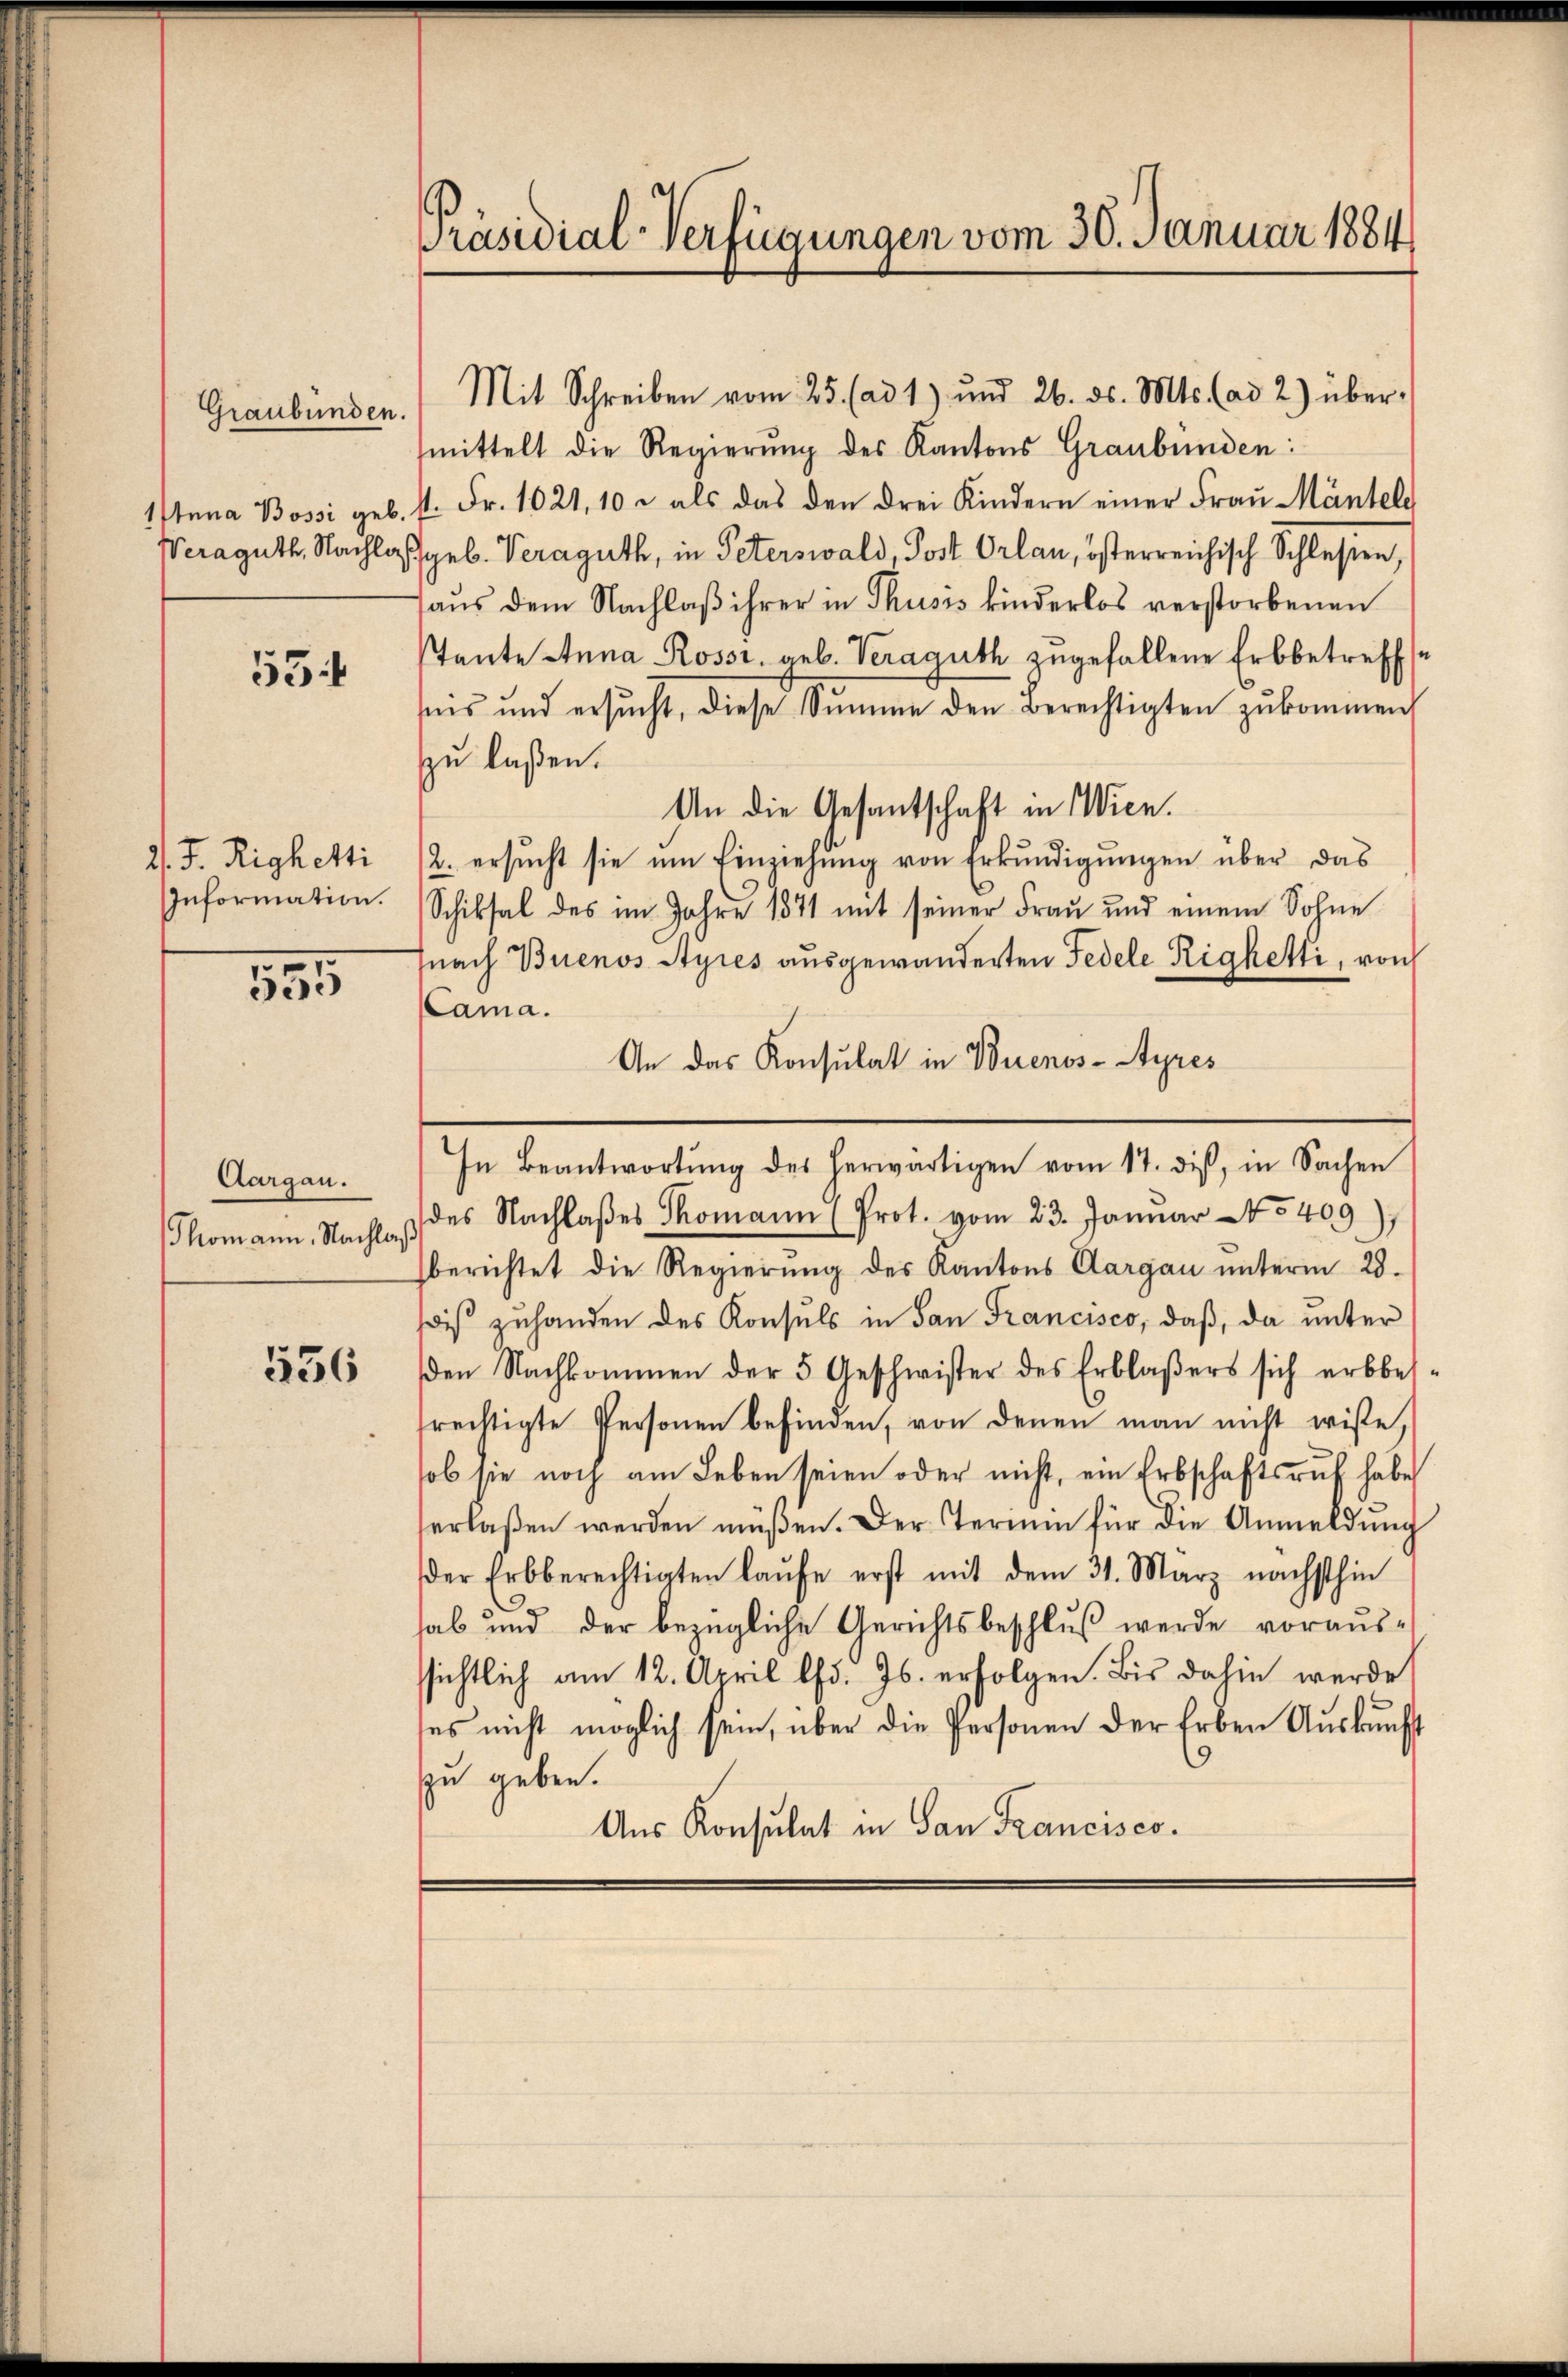
Graubünden
Anna Bossi geb.
Weraguth, Nachla

55.

2. F. Righetti
Information.

355

Aargau.
Thomann, Nachla

556

Präsidial-Verfügungen vom 30. Januar 1884

Mit Schreiben vom 25. (ad 1) und 26. ds. Mts. (ad 2) über-
mittelt die Regierŭng des Kantons Graubünden:
st. Fr. 1021, 10 u. als das den drei Kindern einer Fraŭ Mäntels
Ggeb. Veraguth, in Peterswald, Post Orlan, österreichisch Schlesen,
aus dem Nachlaß ihrer in Thusis kinderlos verstorbenen
stente Anna Rossi, geb. Veraguth zugefallene Erbbetreff se
ans und ersŭcht, diese Summe den Berechtigten zukommen
zu laßen.
An die Gesantschaft in Wien.
2. ersŭcht sie ŭm Einziehŭng von Erkŭndigŭngen über das
Schiksal des im Jahre 1871 mit seiner Frau und einem Sohne
nach Buenos Ayres ausgewanderten Fedele Righetti, von
(Cama.
An das Konsulat in Buenos-Ayres
In Beantwortŭng des herwärtigen vom 17. dis, in Sachen
 des Nachlaβes Thomann (Prot. vom 23. Janŭar 15409),
berichtet die Regierŭng des Kantons Aargau unterm 28.
is zuhanden des Konsuls in San Francisco, daß, da unter
den Nachkommen der 5 Geschwister des Erblasers sich erbbetrechtigte Personen befinden, von denen man nicht wisse,
ob sie noch am Leben seien oder nicht, ein Erbschaftsruf habe
erlaßen werden müßen. Der Termin für die Anmeldung
der Erbberechtigten laŭfe erst mit dem 31. März nächsthin
hab und der bezügliche Gerichtsbeschluß werde vorausssichtlich am 12. April lfd. Js. erfolgen. Bis dahin werde
es nicht möglich sein, über die Personen der Erben Aŭskŭnft
zu geben.
Aus Konsulat in San Francisco